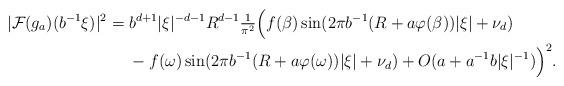
LaTeX: \begin{align*} |\mathcal{F}(g_a)( b^{-1} \xi )|^2 = {}& b^{d+1}|\xi|^{-d-1} R^{d-1}{\tfrac{1}{\pi^2}}\Big(f(\beta)\sin(2\pi b^{-1}(R+a\varphi(\beta))|\xi| + \nu_d)\\&- f(\omega)\sin(2\pi b^{-1}(R+a\varphi(\omega))|\xi| + \nu_d) + O(a+a^{-1}b|\xi|^{-1})\Big)^2.\end{align*}